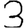
Digit: 3